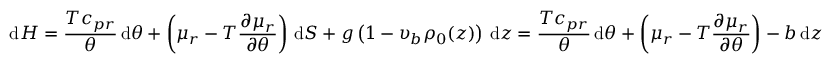
\mathrm { d } { \cal H } = \frac { T c _ { p r } } { \theta } \, \mathrm { d } \theta + \left( \mu _ { r } - T \frac { \partial \mu _ { r } } { \partial \theta } \right) \, \mathrm { d } S + g \left( 1 - \upsilon _ { b } \rho _ { 0 } ( z ) \right) \, \mathrm { d } z = \frac { T c _ { p r } } { \theta } \, \mathrm { d } \theta + \left( \mu _ { r } - T \frac { \partial \mu _ { r } } { \partial \theta } \right) - b \, \mathrm { d } z